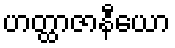
ဟတ္ထာဇာနီယော